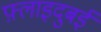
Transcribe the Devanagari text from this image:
फ़्लाइदुबई